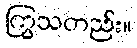
ကြွသတည်း။